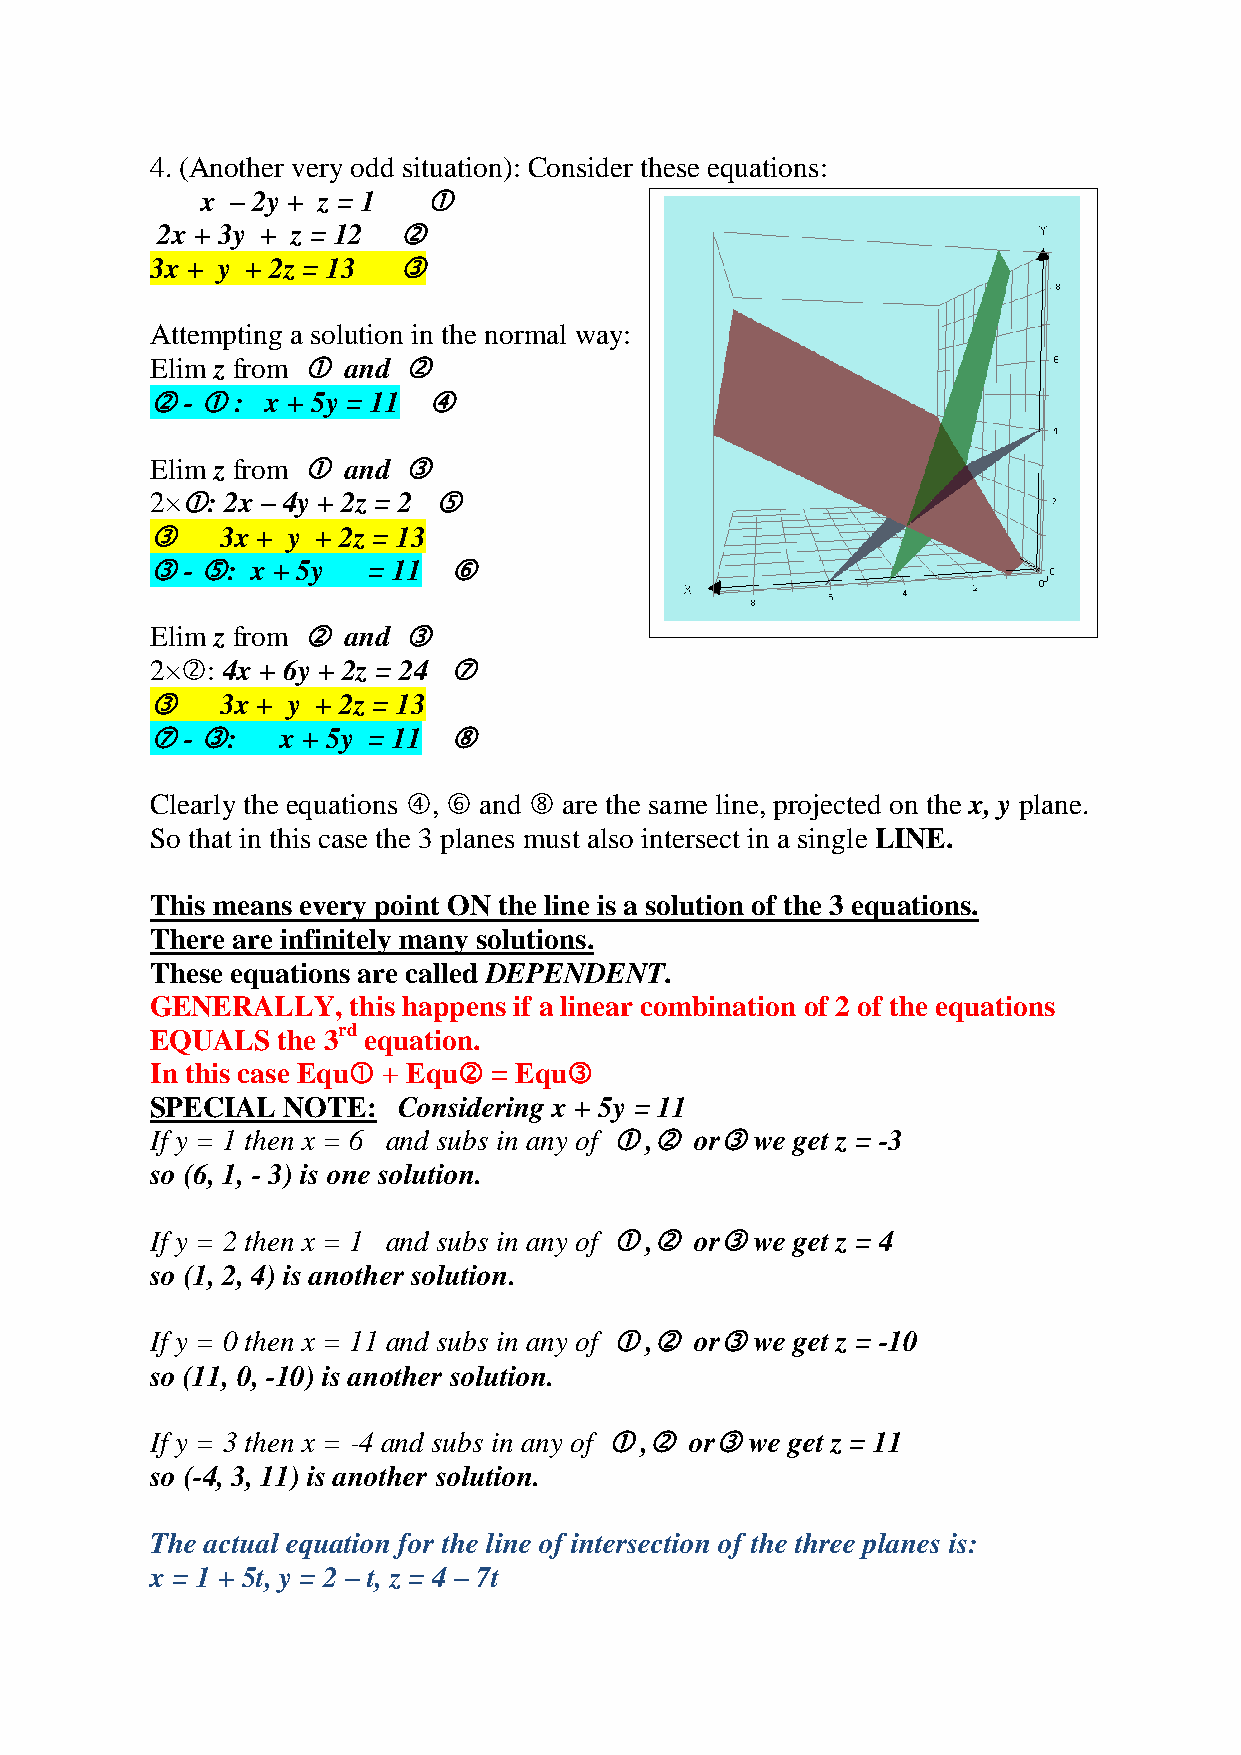
4. (Another very odd situation): Consider these equations:
 x – 2y + z = 1 
 2x + 3y + z = 12 
 3x + y + 2z = 13 
 Attempting a solution in the normal way:
 Elim z from  and 
  -  : x + 5y = 11 
 Elim z from  and 
 2×: 2x – 4y + 2z = 2 
     3x + y + 2z = 13
  - : x + 5y = 11  
 Elim z from  and 
 2×: 4x + 6y + 2z = 24 
     3x + y + 2z = 13
  - :   x + 5y = 11 
 Clearly the equations ,  and  are the same line, projected on the x, y plane.
 So that in this case the 3 planes must also intersect in a single LINE.
 This means every point ON the line is a solution of the 3 equations.
 There are infinitely many solutions.
 These equations are called DEPENDENT.
 GENERALLY,   this happens if a linear combination of 2 of the equations
 EQUALS  the 3rd equation.
 In this case Equ + Equ = Equ
 SPECIAL  NOTE:  Considering x + 5y = 11
 If y = 1 then x = 6 and subs in any of  , or we get z = -3
 so (6, 1, - 3) is one solution.
 If y = 2 then x = 1 and subs in any of  , or we get z = 4
 so (1, 2, 4) is another solution.
 If y = 0 then x = 11 and subs in any of  , or we get z = -10
 so (11, 0, -10) is another solution.
 If y = 3 then x = -4 and subs in any of  , or we get z = 11
 so (-4, 3, 11) is another solution.
 The actual equation for the line of intersection of the three planes is:
 x = 1 + 5t, y = 2 – t, z = 4 – 7t